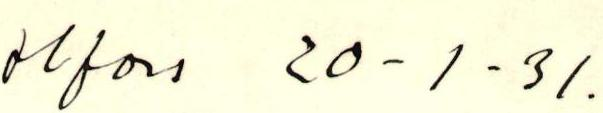
Hfors 20 - 1 - 31.